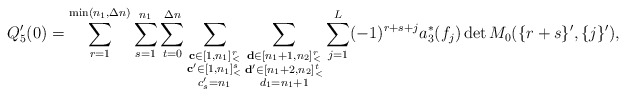
\begin{align*}Q'_5(0)=\sum\limits_{r=1}^{\min(n_1,\Delta n)}\sum\limits_{s=1}^{n_1}\sum\limits_{t=0}^{\Delta n}\sum\limits_{\substack{\mathbf{c}\in [1,n_1]_<^r\\\mathbf{c'}\in [1,n_1]_<^s\\c'_s=n_1}}\sum\limits_{\substack{\mathbf{d}\in [n_1+1,n_2]_<^{r}\\\mathbf{d'}\in [n_1+2,n_2]_<^t\\d_1=n_1+1}}\sum\limits_{j=1}^L(-1)^{r+s+j}a_3^\ast(f_j)\det M_0(\{r+s\}',\{j\}'),\end{align*}